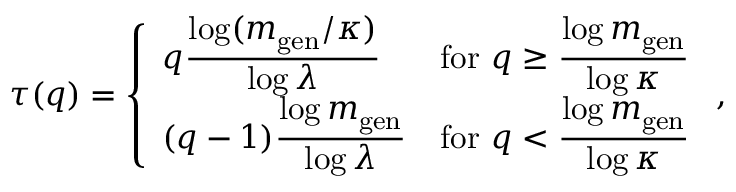
\tau ( q ) = \left\{ \begin{array} { l l } { q \displaystyle \frac { \log ( m _ { \mathrm { g e n } } / \kappa ) } { \log \lambda } } & { \mathrm { f o r ~ } q \ge \displaystyle \frac { \log m _ { \mathrm { g e n } } } { \log \kappa } } \\ { ( q - 1 ) \displaystyle \frac { \log m _ { \mathrm { g e n } } } { \log \lambda } } & { \mathrm { f o r ~ } q < \displaystyle \frac { \log m _ { \mathrm { g e n } } } { \log \kappa } } \end{array} \right. ,